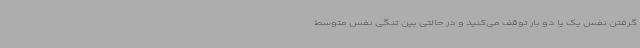
گرفتن نفس یک یا دو بار توقف می‌کنید و در حالتی بین تنگی نفس متوسط